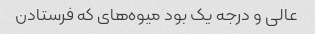
عالی و درجه یک بود میوه‌های که فرستادن